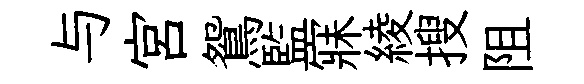
与宫鴛監寐綾搜阻